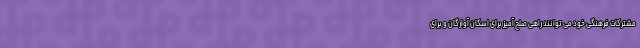
مشترکات فرهنگی خود می توانند راهی صلح آمیز برای اسکان آوارگان و برای